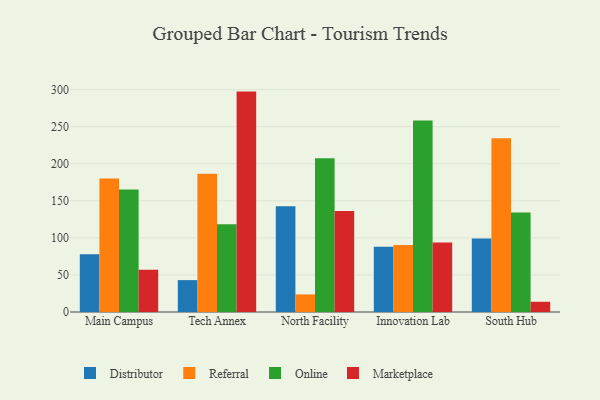
{"axis": {"x": "Campus", "y": "LTV (USD)"}, "legend": ["Distributor", "Marketplace", "Online", "Referral"], "data": [{"x": "Main Campus", "y": 78.0, "type": "Distributor"}, {"x": "Main Campus", "y": 180.0, "type": "Referral"}, {"x": "Main Campus", "y": 165.4, "type": "Online"}, {"x": "Main Campus", "y": 57.1, "type": "Marketplace"}, {"x": "Tech Annex", "y": 43.0, "type": "Distributor"}, {"x": "Tech Annex", "y": 186.5, "type": "Referral"}, {"x": "Tech Annex", "y": 118.3, "type": "Online"}, {"x": "Tech Annex", "y": 297.3, "type": "Marketplace"}, {"x": "North Facility", "y": 142.7, "type": "Distributor"}, {"x": "North Facility", "y": 23.7, "type": "Referral"}, {"x": "North Facility", "y": 207.5, "type": "Online"}, {"x": "North Facility", "y": 136.1, "type": "Marketplace"}, {"x": "Innovation Lab", "y": 87.9, "type": "Distributor"}, {"x": "Innovation Lab", "y": 90.3, "type": "Referral"}, {"x": "Innovation Lab", "y": 258.2, "type": "Online"}, {"x": "Innovation Lab", "y": 93.9, "type": "Marketplace"}, {"x": "South Hub", "y": 99.0, "type": "Distributor"}, {"x": "South Hub", "y": 234.4, "type": "Referral"}, {"x": "South Hub", "y": 134.1, "type": "Online"}, {"x": "South Hub", "y": 13.8, "type": "Marketplace"}]}